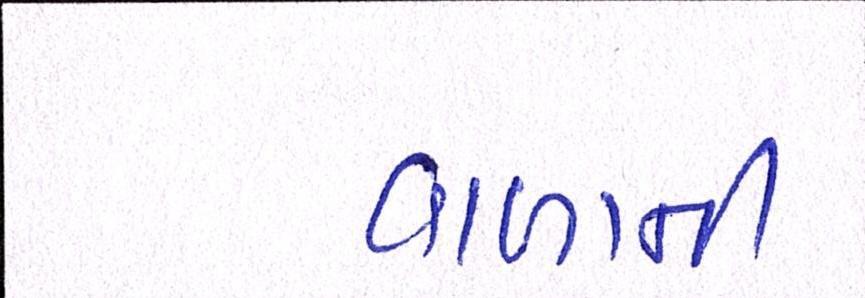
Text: વાળાની